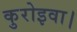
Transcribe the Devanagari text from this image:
कुरोइवा।